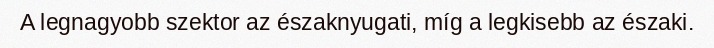
A legnagyobb szektor az északnyugati, míg a legkisebb az északi.